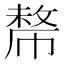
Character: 𢄡